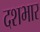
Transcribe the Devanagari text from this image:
दशभार